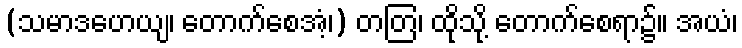
(သမာဒဟေယျ၊ တောက်စေအံ့၊) တတြ၊ ထိုသို့ တောက်စေရာ၌။ အယံ၊